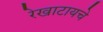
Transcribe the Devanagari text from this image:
रेखाटायचे